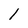
Character: 1